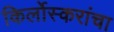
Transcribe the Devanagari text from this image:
किर्लोस्करांचा